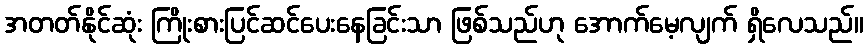
အတတ်နိုင်ဆုံး ကြိုးစားပြင်ဆင်ပေးနေခြင်းသာ ဖြစ်သည်ဟု အောက်မေ့လျက် ရှိလေသည်။